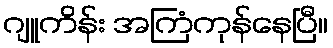
ဂျူကိန်း အကြံကုန်နေပြီ။